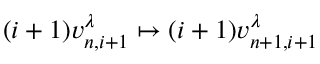
( i + 1 ) v _ { n , i + 1 } ^ { \lambda } \mapsto ( i + 1 ) v _ { n + 1 , i + 1 } ^ { \lambda }